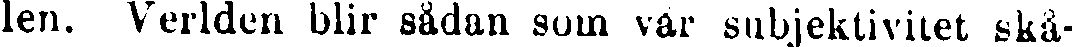
len. Verlden blir sådan som var subjektivitet skå-